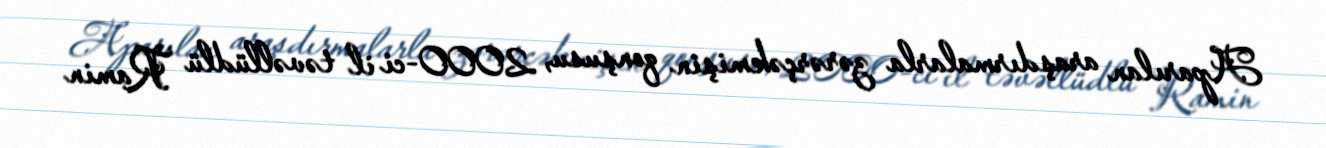
Aparılan araşdırmalarla zərərçəkmişin qonşusu, 2000-ci il təvəllüdlü Ramin